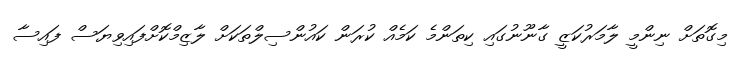
މިގޮތަށް ނިންމީ ލާމަރުކަޒީ ގާނޫނުގައި ކިތަންމެ ކަމެއް ކުރަން ކައުންސިލްތަކަށް ލާޒިމްކޮށްފައިވިޔަސް ފައިސާ